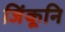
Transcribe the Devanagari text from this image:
जिंकूनि